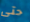
حتى